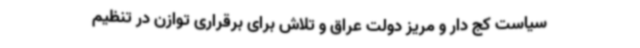
سیاست کج دار و مریز دولت عراق و تلاش برای برقراری توازن در تنظیم